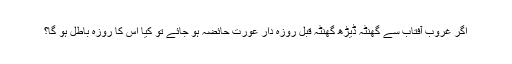
اگر غروب آفتاب سے گھنٹہ ڈیڑھ گھنٹہ قبل روزہ دار عورت حائضہ ہو جائے تو کیا اس کا روزہ باطل ہو گا؟